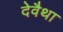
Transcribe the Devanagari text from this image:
देवैथा